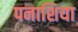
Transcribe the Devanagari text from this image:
पनाशिया